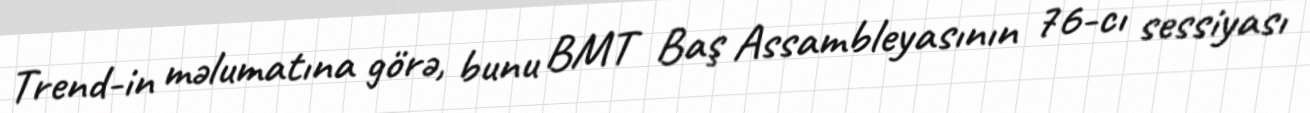
Trend-in məlumatına görə, bunu BMT Baş Assambleyasının 76-cı sessiyası